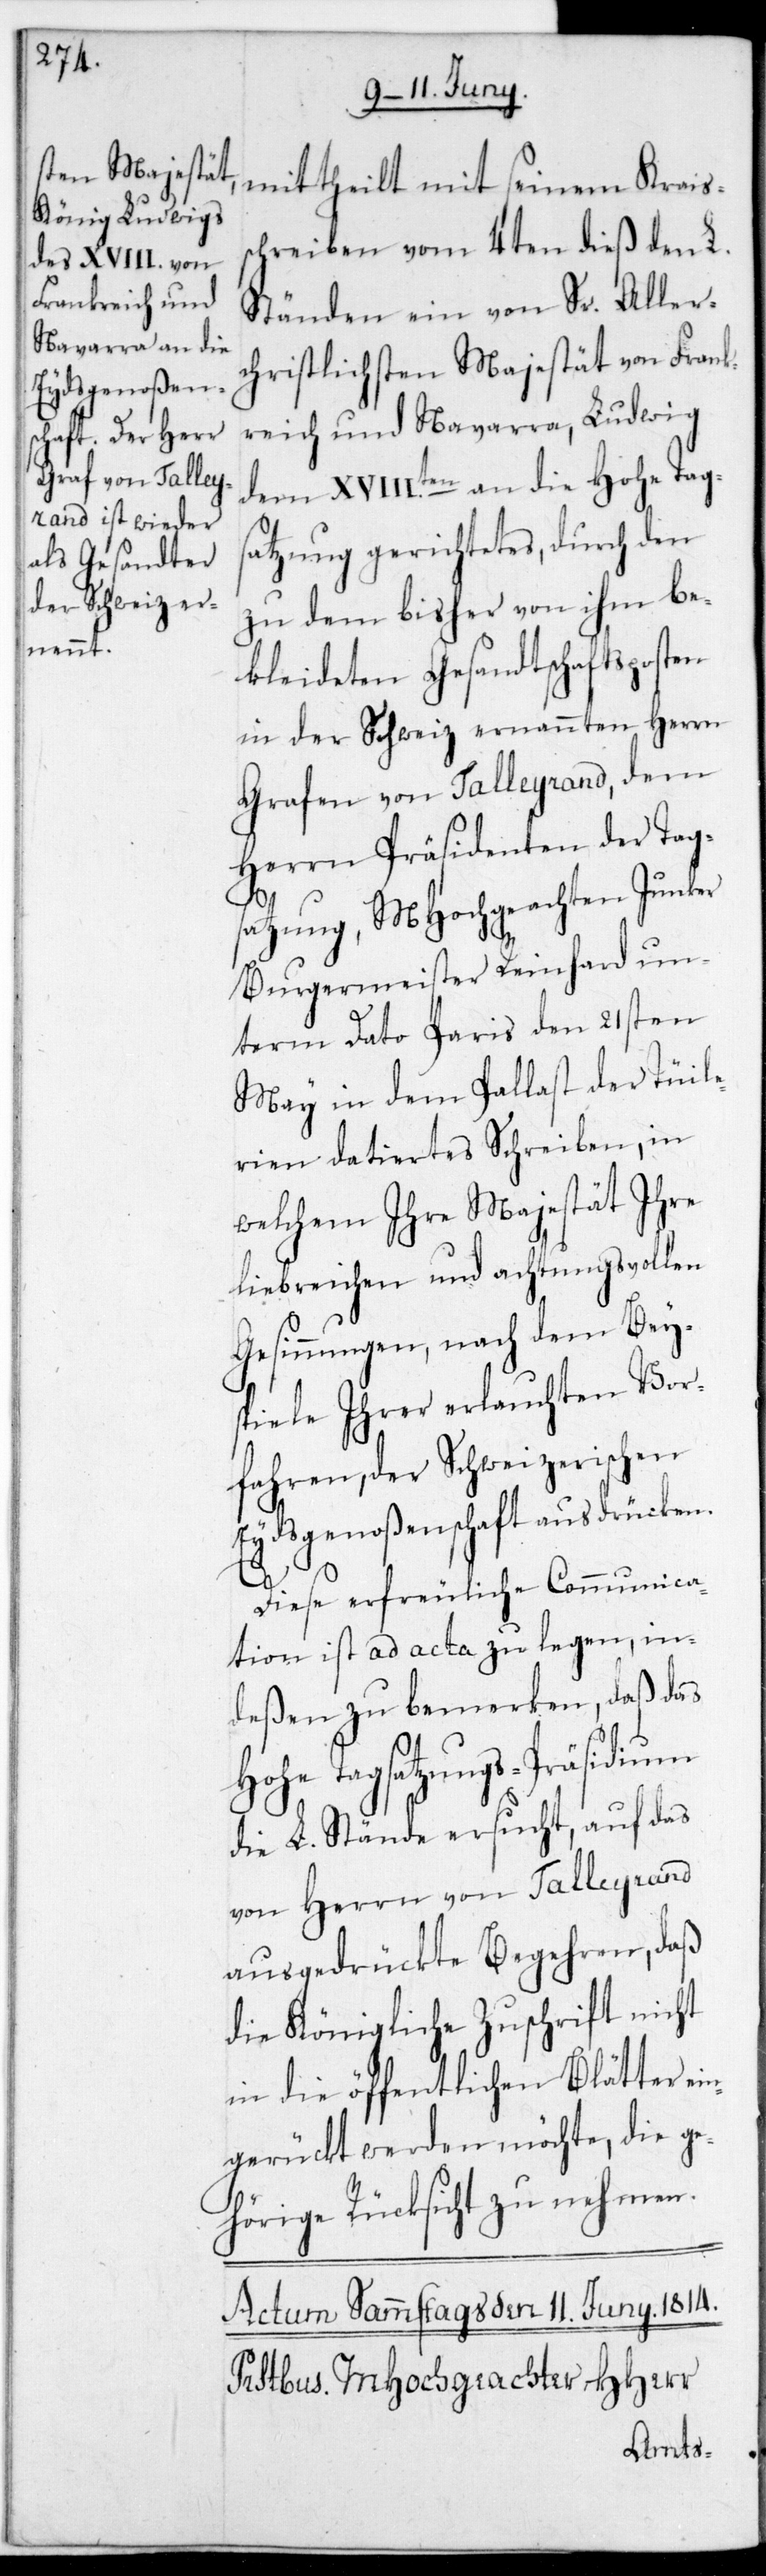
chreiben vom 4ten dieß den L.
Ständen eine von Sr. Aller¬
christlichsten Majestät von Frank¬
reich und Navarra, Ludwig
dem XVIII.ten an die Hohe Tags¬
atzung gerichtetes, durch den
zu dem bisher von ihm be¬
kleideten Gesandtschaftsposten
in der Schweiz ernannten Herrn
Grafen von Talleyrand, dem
Herrn Präsidenten der Tags¬
le¬
atzung, MHochgeachten Junker
Burgermeister Reinhard un¬
term Dato Paris den 21sten
May in dem Palast der Tuil¬
rien datiertes Schreiben, in
welchem Ihre Majestät Ihre
liebreichen und achtungsvollen
Gesinnungen, nach dem Bey¬
spiele Ihrer erlauchten Vor¬
fahren, der Schweizerischen
Eydsgenoßenschaft ausdrücken.
Diese erfreuliche Communica¬
tion ist ad acta zu legen, in¬
deßen zu bemerken, daß das
Hohe Tagsatzungs-Präsidium
die L. Stände ersucht, auf das
von Herrn von Talleyrand
ausgedrückte Begehren, daß
die Königliche Zuschrift nicht
in die öffentlichen Blätter ei¬
ngerückt werden möchte, die ge¬
hörige Rücksicht zu nehmen.
Kraiss¬